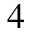
^ { 4 }